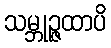
သမ္ဘုဉ္ဇထာပိ